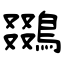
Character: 鵽